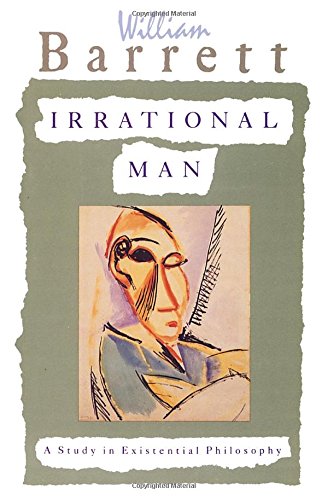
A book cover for Irrational Man: A Study in Existential Philosophy; William Barrett; Politics & Social Sciences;